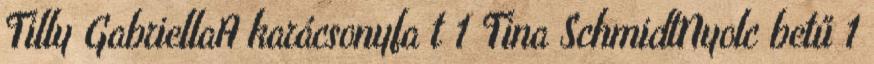
Tilly GabriellaA karácsonyfa t 1 Tina SchmidtNyolc betű 1